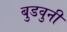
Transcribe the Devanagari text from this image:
बुडवुनी